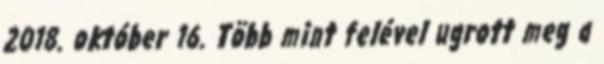
2018. október 16. Több mint felével ugrott meg a